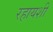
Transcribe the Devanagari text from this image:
रहायशी